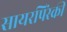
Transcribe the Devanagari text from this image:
सायरपिंस्की